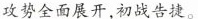
攻势全面展开，初战告捷。